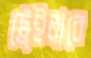
ট্রেইলারে